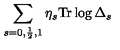
\sum _ { s = 0 , \frac { 1 } { 2 } , 1 } \eta _ { s } \mathrm { T r } \log \Delta _ { s }